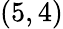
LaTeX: (5,4)